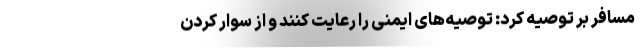
مسافر بر توصیه کرد: توصیه‌های ایمنی را رعایت کنند و از سوار کردن